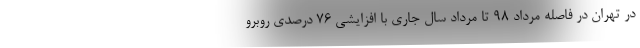
در تهران در فاصله مرداد ۹۸ تا مرداد سال جاری با افزایشی ۷۶ درصدی روبرو